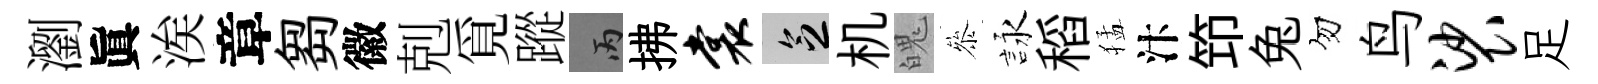
瀏眞涘章芻徽剋覓蹤丙拂裳乏机魄叅詠稻猛汴笻兔勿鸟裟足